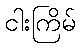
ငါးကြိမ်